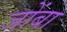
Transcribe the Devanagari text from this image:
जोंबा